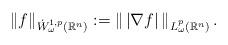
LaTeX: \begin{align*}\|f\|_{\dot{W}^{1,p}_\omega(\mathbb{R}^n)}:=\left\|\,\left|\nabla f\right|\,\right\|_{L^p_\omega(\mathbb{R}^n)}.\end{align*}